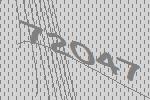
72047